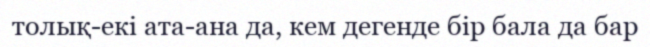
толық-екі ата-ана да, кем дегенде бір бала да бар